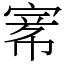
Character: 𡩅